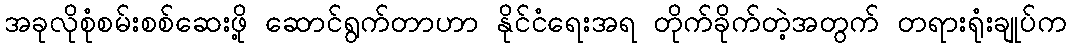
အခုလိုစုံစမ်းစစ်ဆေးဖို့ ဆောင်ရွက်တာဟာ နိုင်ငံရေးအရ တိုက်ခိုက်တဲ့အတွက် တရားရုံးချုပ်က